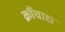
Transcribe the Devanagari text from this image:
क्रौंचाद्य